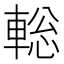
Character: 𨌪